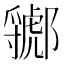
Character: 𲆣